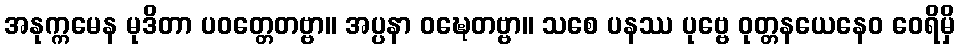
အနုက္ကမေန မုဒိတာ ပဝတ္တေတဗ္ဗာ။ အပ္ပနာ ဝဍ္ဎေတဗ္ဗာ။ သစေ ပနဿ ပုဗ္ဗေ ဝုတ္တနယေနေဝ ဝေရိမှိ